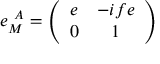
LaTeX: e _ { M } ^ { ~ A } = \left( \begin{array} { c c } { { e } } & { { - i f e } } \\ { { 0 } } & { { 1 } } \end{array} \right) \,